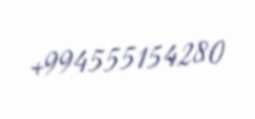
+994555154280